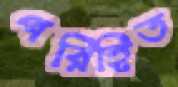
পরিহিত